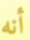
أنه